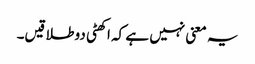
یہ معنی نہیں ہے کہ اکھٹی دو طلاقیں۔